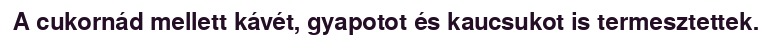
A cukornád mellett kávét, gyapotot és kaucsukot is termesztettek.